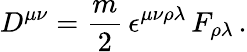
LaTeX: D^{\mu\nu}={\frac{m}{2}}\, \epsilon^{\mu\nu\rho\lambda}\, F_{\rho\lambda}\, .